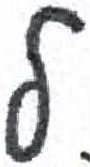
אות: ל